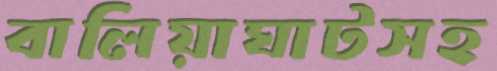
বালিয়াঘাটসহ